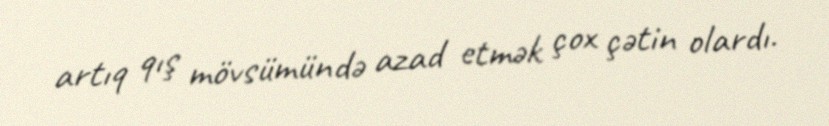
artıq qış mövsümündə azad etmək çox çətin olardı.